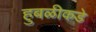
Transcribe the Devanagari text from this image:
हुबळीकडे